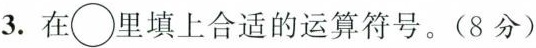
3.在○里填上合适的运算符号。(8分)